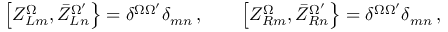
\left[ Z _ { L m } ^ { \Omega } , \bar { Z } _ { L n } ^ { \Omega ^ { \prime } } \right\} = \delta ^ { \Omega \Omega ^ { \prime } } \delta _ { m n } \, , \qquad \left[ Z _ { R m } ^ { \Omega } , \bar { Z } _ { R n } ^ { \Omega ^ { \prime } } \right\} = \delta ^ { \Omega \Omega ^ { \prime } } \delta _ { m n } \, ,